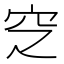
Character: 𱶰